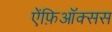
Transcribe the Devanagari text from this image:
ऐंफ़िऑक्सस